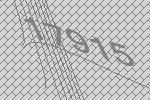
17915